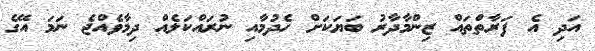
އަދި އެ ފަރާތްތައް ޒިންމާދާރު ބަޔަކަށް ހެދުމާއި ނުރައްކަލެއް ދިމާވެއްޖެ ނަމަ އޭގެ